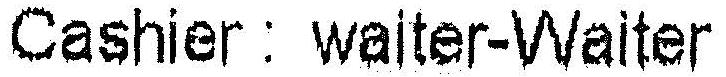
CASHIER : WAITER-WAITER